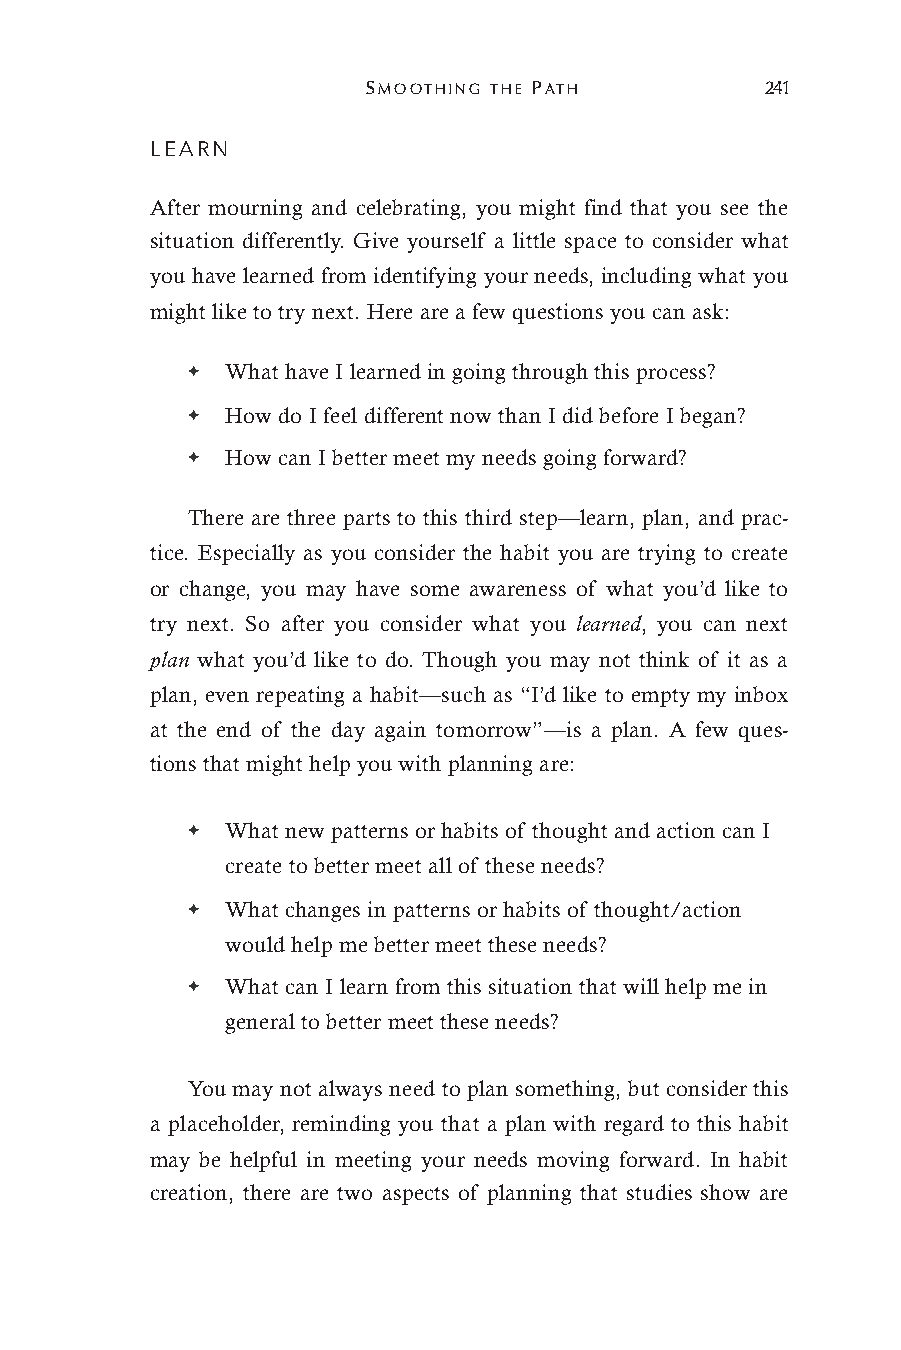
SMOOTHING THE PATH         241
 LEARN
 After mourning and celebrating, you might find that you see the
 situation differently. Give yourself a little space to consider what
 you have learned from identifying your needs, including what you
 might like to try next. Here are a few questions you can ask:
 ✦  What have I learned in going through this process?
 ✦  How do I feel different now than I did before I began?
 ✦  How can I better meet my needs going forward?
 There are three parts to this third step—learn, plan, and prac-
 tice. Especially as you consider the habit you are trying to create
 or change, you may have some awareness of what you’d like to
 try next. So after you consider what you learned, you can next
 plan what you’d like to do. Though you may not think of it as a
 plan, even repeating a habit—such as “I’d like to empty my inbox
 at the end of the day again tomorrow”—is a plan. A few ques-
 tions that might help you with planning are:
 ✦  What new patterns or habits of thought and action can I
 create to better meet all of these needs?
 ✦  What changes in patterns or habits of thought/action
 would help me better meet these needs?
 ✦  What can I learn from this situation that will help me in
 general to better meet these needs?
 You may not always need to plan something, but consider this
 a placeholder, reminding you that a plan with regard to this habit
 may be helpful in meeting your needs moving forward. In habit
 creation, there are two aspects of planning that studies show are